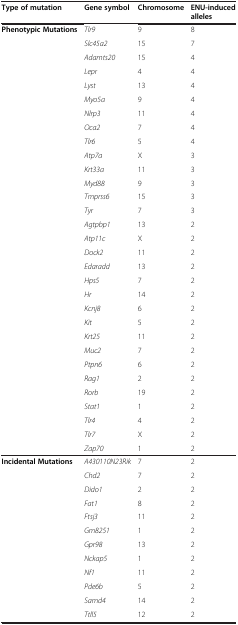
<table><thead><tr><td><b>Type of mutation</b></td><td><b>Gene symbol</b></td><td><b>Chromosome</b></td><td><b>ENU-induced alleles</b></td></tr></thead><tbody><tr><td><b>Phenotypic Mutations</b></td><td><i>Tlr9</i></td><td>9</td><td>8</td></tr><tr><td> </td><td><i>Slc45a2</i></td><td>15</td><td>7</td></tr><tr><td> </td><td><i>Adamts20</i></td><td>15</td><td>4</td></tr><tr><td> </td><td><i>Lepr</i></td><td>4</td><td>4</td></tr><tr><td> </td><td><i>Lyst</i></td><td>13</td><td>4</td></tr><tr><td> </td><td><i>Myo5a</i></td><td>9</td><td>4</td></tr><tr><td> </td><td><i>Nlrp3</i></td><td>11</td><td>4</td></tr><tr><td> </td><td><i>Oca2</i></td><td>7</td><td>4</td></tr><tr><td> </td><td><i>Tlr6</i></td><td>5</td><td>4</td></tr><tr><td> </td><td><i>Atp7a</i></td><td>X</td><td>3</td></tr><tr><td> </td><td><i>Krt33a</i></td><td>11</td><td>3</td></tr><tr><td> </td><td><i>Myd88</i></td><td>9</td><td>3</td></tr><tr><td> </td><td><i>Tmprss6</i></td><td>15</td><td>3</td></tr><tr><td> </td><td><i>Tyr</i></td><td>7</td><td>3</td></tr><tr><td> </td><td><i>Agtpbp1</i></td><td>13</td><td>2</td></tr><tr><td> </td><td><i>Atp11c</i></td><td>X</td><td>2</td></tr><tr><td> </td><td><i>Dock2</i></td><td>11</td><td>2</td></tr><tr><td> </td><td><i>Edaradd</i></td><td>13</td><td>2</td></tr><tr><td> </td><td><i>Hps5</i></td><td>7</td><td>2</td></tr><tr><td> </td><td><i>Hr</i></td><td>14</td><td>2</td></tr><tr><td> </td><td><i>Kcnj8</i></td><td>6</td><td>2</td></tr><tr><td> </td><td><i>Kit</i></td><td>5</td><td>2</td></tr><tr><td> </td><td><i>Krt25</i></td><td>11</td><td>2</td></tr><tr><td> </td><td><i>Muc2</i></td><td>7</td><td>2</td></tr><tr><td> </td><td><i>Ptpn6</i></td><td>6</td><td>2</td></tr><tr><td> </td><td><i>Rag1</i></td><td>2</td><td>2</td></tr><tr><td> </td><td><i>Rorb</i></td><td>19</td><td>2</td></tr><tr><td> </td><td><i>Stat1</i></td><td>1</td><td>2</td></tr><tr><td> </td><td><i>Tlr4</i></td><td>4</td><td>2</td></tr><tr><td> </td><td><i>Tlr7</i></td><td>X</td><td>2</td></tr><tr><td> </td><td><i>Zap70</i></td><td>1</td><td>2</td></tr><tr><td><b>Incidental Mutations</b></td><td><i>A430110N23Rik</i></td><td>7</td><td>2</td></tr><tr><td> </td><td><i>Chd2</i></td><td>7</td><td>2</td></tr><tr><td> </td><td><i>Dido1</i></td><td>2</td><td>2</td></tr><tr><td> </td><td><i>Fat1</i></td><td>8</td><td>2</td></tr><tr><td> </td><td><i>Ftsj3</i></td><td>11</td><td>2</td></tr><tr><td> </td><td><i>Gm8251</i></td><td>1</td><td>2</td></tr><tr><td> </td><td><i>Gpr98</i></td><td>13</td><td>2</td></tr><tr><td> </td><td><i>Nckap5</i></td><td>1</td><td>2</td></tr><tr><td> </td><td><i>Nf1</i></td><td>11</td><td>2</td></tr><tr><td> </td><td><i>Pde6b</i></td><td>5</td><td>2</td></tr><tr><td> </td><td><i>Samd4</i></td><td>14</td><td>2</td></tr><tr><td> </td><td><i>Ttll5</i></td><td>12</td><td>2</td></tr></tbody></table>